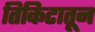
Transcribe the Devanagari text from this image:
तिकिटातून